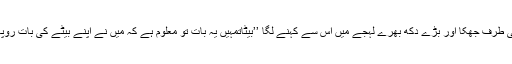
مادھو کاکا، نتھو کی طرف جھُکا اور بڑے دُکھ بھرے لہجے میں اس سے کہنے لگا ’’بیٹاتمہیں یہ بات تو معلوم ہے کہ میں نے اپنے بیٹے کی بات رُوپا سے پکی کی تھی۔